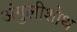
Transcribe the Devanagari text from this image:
अंगुलीशोथ